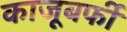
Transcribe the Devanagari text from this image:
काजूबर्फी